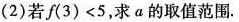
(2)若$$f(3)<5$$，求a的取值范围.